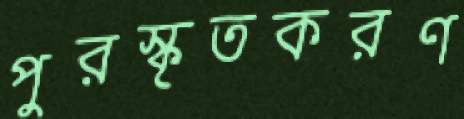
পুরস্কৃতকরণ